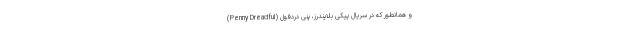
و همانطور که در سریال پیکی بلایندرز، پنی دِرِدفول (Penny Dreadful)